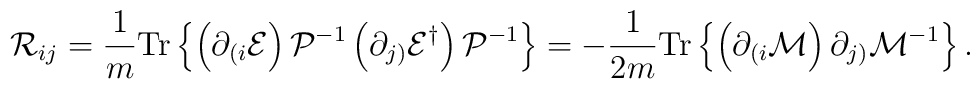
{\cal R}_{ij}=\frac{1}{m}{\rm Tr}\left\{\left(\partial_{(i} {\cal E}\right){\cal P}^{-1} \left(\partial_{j)}{\cal E}^{\dagger}\right){\cal P}^{-1}\right\}=-\frac{1}{2m} {\rm Tr} \left\{\left(\partial_{(i} {\cal M}\right)\partial_{j)}{\cal M}^{-1} \right\}.